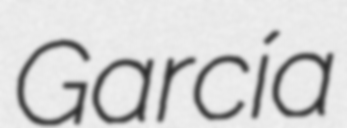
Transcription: García